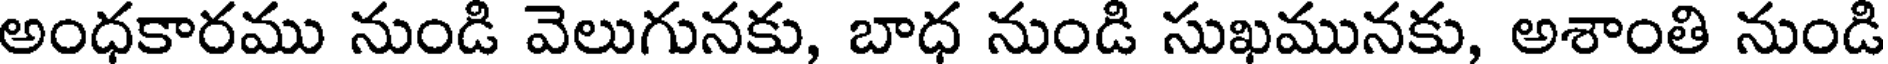
అంధకారము నుండి వెలుగునకు, బాధ నుండి సుఖమునకు, అశాంతి నుండి